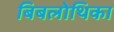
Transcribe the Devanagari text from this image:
बिबलोथिका